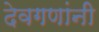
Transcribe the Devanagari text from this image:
देवगणांनी